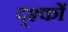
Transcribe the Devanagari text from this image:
द्श्कों